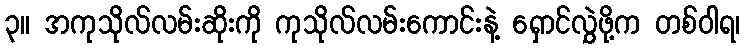
၃။ အကုသိုလ်လမ်းဆိုးကို ကုသိုလ်လမ်းကောင်းနဲ့ ရှောင်လွှဲဖို့က တစ်ဝါရ၊